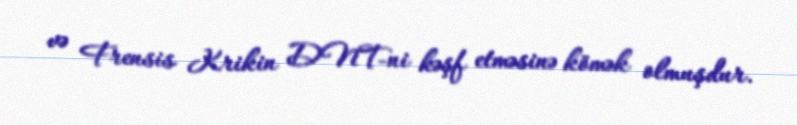
və Frensis Krikin DNT-ni kəşf etməsinə kömək olmuşdur.